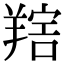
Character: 𦎩